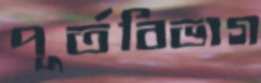
পূর্তবিভাগ